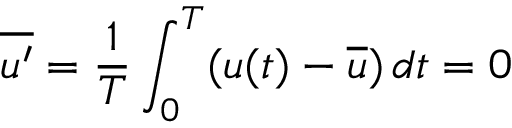
{ \overline { { u ^ { \prime } } } } = { \frac { 1 } { T } } \int _ { 0 } ^ { T } ( u ( t ) - { \overline { { u } } } ) \, d t = 0